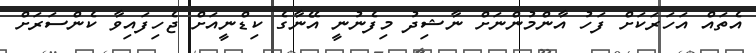
އެތައް އަހަރަކަށް ފަހު އާންމުންނަށް ނާޝިދު މިފެނުނީ އޭނާގެ ކިޑްނީއަށް ޖެހިފައިވާ ކެންސަރަށް